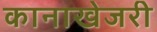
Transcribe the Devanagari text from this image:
कानाखेजरी